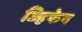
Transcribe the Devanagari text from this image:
ज्हिफेन